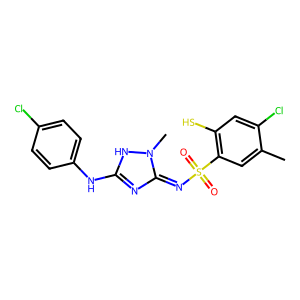
SMILES: Cc1cc(S(=O)(=O)N=c2nc(Nc3ccc(Cl)cc3)[nH]n2C)c(S)cc1Cl
Inhibits HIV replication: No